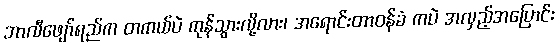
ဘာလီဖျော်ရည်က တကယ်ပဲ ကုန်သွားလို့လား၊ အရောင်းတာဝန်ခံ ကပဲ အလှည့်အပြောင်း